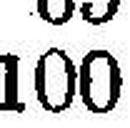
100